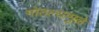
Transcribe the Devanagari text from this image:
गोठल्यामुळे